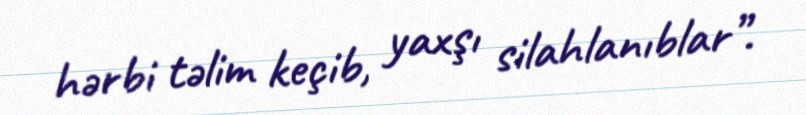
hərbi təlim keçib, yaxşı silahlanıblar”.